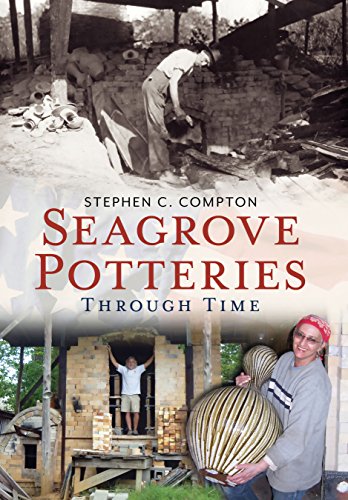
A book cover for Seagrove Potteries Through Time (America Through Time); Stephen C. Compton; Crafts, Hobbies & Home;